38_143685_box_Incident_Summaries_173-233
Agency: Department of War
Page 73
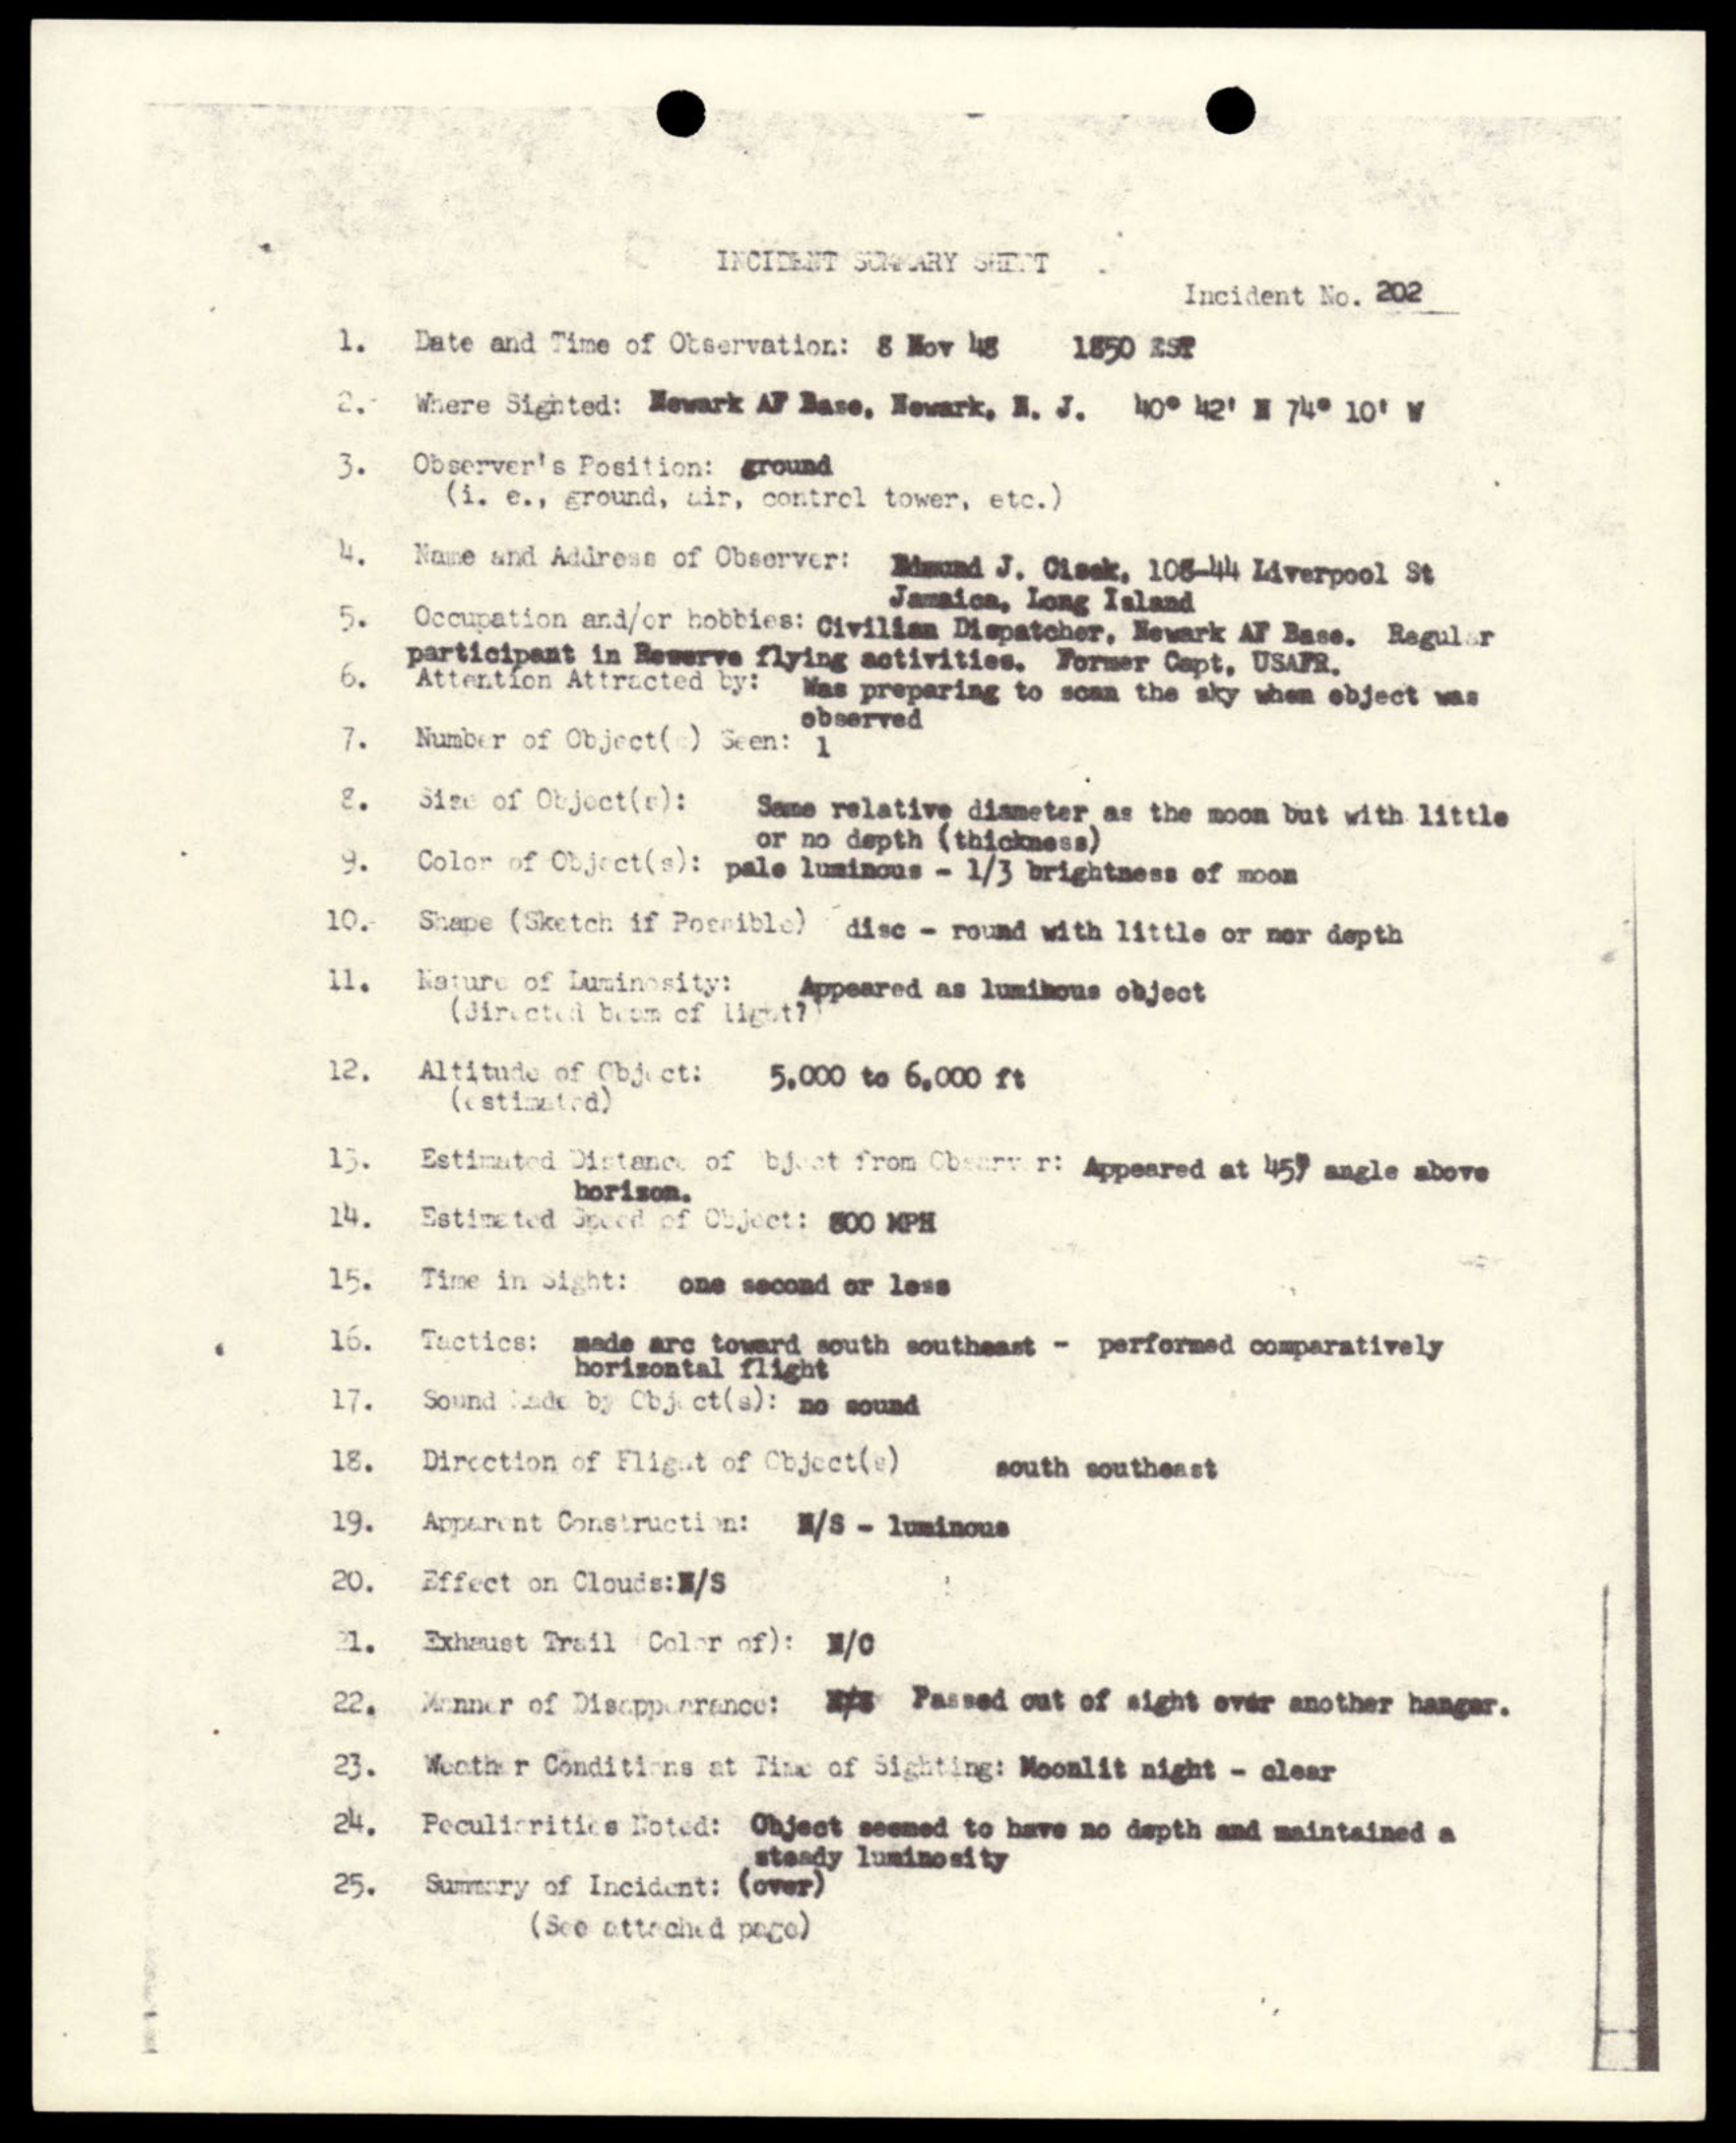